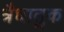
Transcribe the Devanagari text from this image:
त्रैधातुक